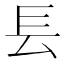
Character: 镸